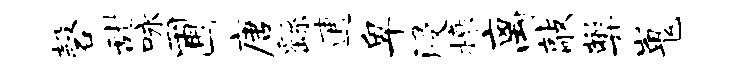
磬甜咏圃唐繇逋卑浸榱离敲弊嵬